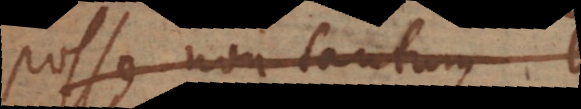
posse non tantum